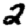
Digit: 2